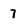
Character: 7